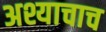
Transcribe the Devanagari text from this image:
अश्याचाच